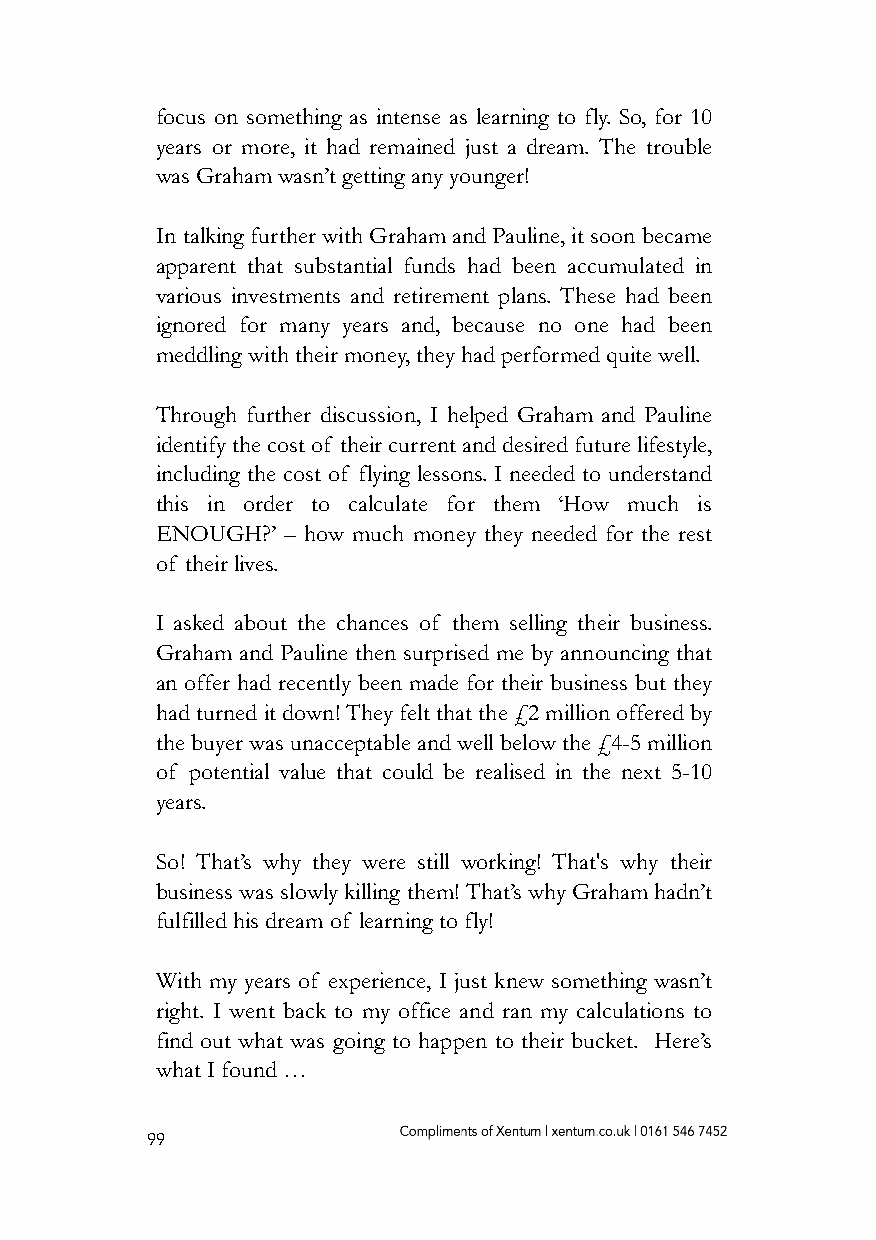
focus on something as intense as learning to fly. So, for 10
 years or more, it had remained just a dream. The trouble
 was Graham wasn’t getting any younger!
 In talking further with Graham and Pauline, it soon became
 apparent that substantial funds had been accumulated in
 various investments and retirement plans. These had been
 ignored for many years and, because no one had been
 meddling with their money, they had performed quite well.
 Through further discussion, I helped Graham and Pauline
 identify the cost of their current and desired future lifestyle,
 including the cost of flying lessons. I needed to understand
 this in order to calculate for them ‘How much is
 ENOUGH?’ – how much money they needed for the rest
 of their lives.
 I asked about the chances of them selling their business.
 Graham and Pauline then surprised me by announcing that
 an offer had recently been made for their business but they
 had turned it down! They felt that the £2 million offered by
 the buyer was unacceptable and well below the £4-5 million
 of potential value that could be realised in the next 5-10
 years.
 So! That’s why they were still working! That's why their
 business was slowly killing them! That’s why Graham hadn’t
 fulfilled his dream of learning to fly!
 With my years of experience, I just knew something wasn’t
 right. I went back to my office and ran my calculations to
 find out what was going to happen to their bucket. Here’s
 what I found …
 99